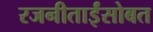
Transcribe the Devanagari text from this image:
रजनीताईंसोबत